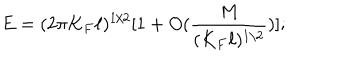
E = ( 2 \pi K _ { F } \ell ) ^ { 1 / 2 } [ 1 + O ( \frac { M } { ( K _ { F } \ell ) ^ { 1 / 2 } } ) ] ;